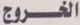
الخروج